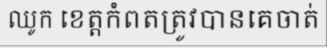
ឈូក ខេត្តកំពតត្រូវបានគេចាត់